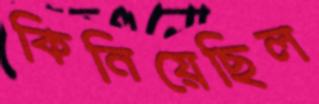
কিনিয়েছিল